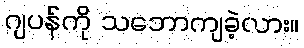
ဂျပန်ကို သဘောကျခဲ့လား။